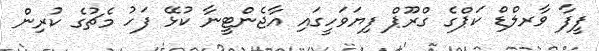
ފީފާ ވާރލްޑް ކަޕްގެ ގްރޫޕް ފިޔަވަހީގައި އާޖެންޓީނާ ކުޅޭ ފަހު މެޗުގެ ކުރިން